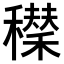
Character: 𥣆